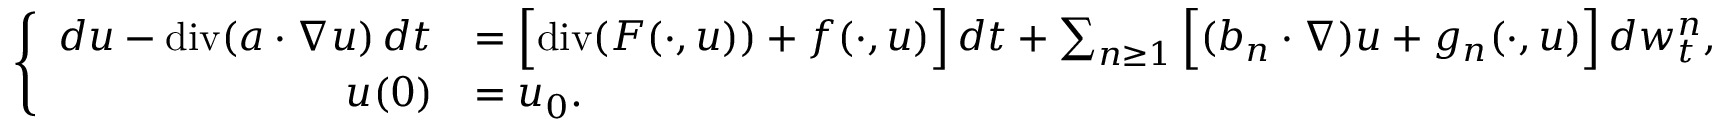
\left\{ \begin{array} { r l } { d u - \normalfont { \mathrm { d i v } } ( a \cdot \nabla u ) \, d t } & { = \Big [ \normalfont { \mathrm { d i v } } ( F ( \cdot , u ) ) + f ( \cdot , u ) \Big ] \, d t + \sum _ { n \geq 1 } \Big [ ( b _ { n } \cdot \nabla ) u + g _ { n } ( \cdot , u ) \Big ] \, d w _ { t } ^ { n } , } \\ { u ( 0 ) } & { = u _ { 0 } . } \end{array} \right.